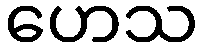
ဟေသ